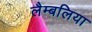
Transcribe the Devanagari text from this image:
लैम्बलिया